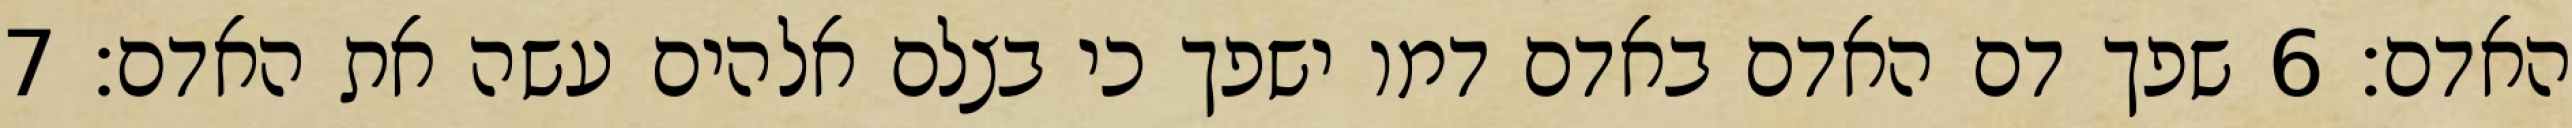
האדם׃ ‎6‏ שפך דם האדם באדם דמו ישפך כי בצלם אלהים עשה את האדם׃ ‎7‏